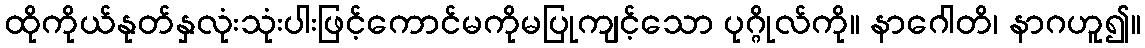
ထိုကိုယ်နုတ်နှလုံးသုံးပါးဖြင့်ကောင်မကိုမပြုကျင့်သော ပုဂ္ဂိုလ်ကို။ နာဂေါတိ၊ နာဂဟူ၍။